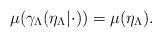
LaTeX: \begin{align*} \mu(\gamma_\Lambda(\eta_\Lambda | \cdot)) = \mu(\eta_\Lambda). \end{align*}